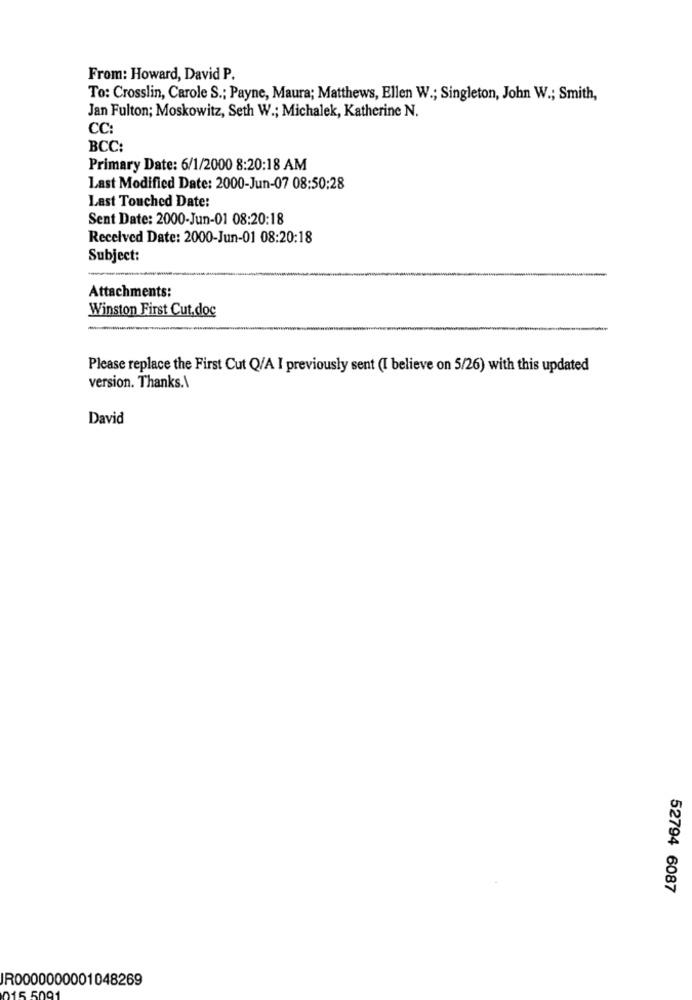
From: Howard, David P.
To: Crosslin, Carole S .; Payne, Maura; Matthews, Ellen W .; Singleton, John W .; Smith,
Jan Fulton; Moskowitz, Seth W .; Michalek, Katherine N.
CC:
BCC:
Primary Date: 6/1/2000 8:20:18 AM
Last Modified Date: 2000-Jun-07 08:50:28
Last Touched Date:
Sent Date: 2000-Jun-01 08:20:18
Received Date: 2000-Jun-01 08:20:18
Subject:
Attachments:
Winston First Cut.doc
--
Please replace the First Cut Q/A I previously sent (I believe on 5/26) with this updated
version. Thanks.\
David
52794 6087
JR0000000001048269
15.5091